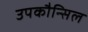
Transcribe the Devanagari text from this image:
उपकौन्सिल